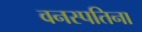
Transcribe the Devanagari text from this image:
वनस्पतिना